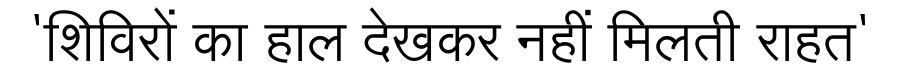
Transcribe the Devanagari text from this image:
'शिविरों का हाल देखकर नहीं मिलती राहत'